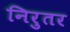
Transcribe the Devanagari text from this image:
निरुतर